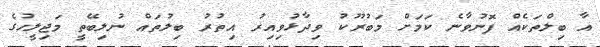
އާ ބިލްތަކެއް ފޮނުވާނެ ކަމަށް މަބުރޫކު ވިދާޅުވިއިރު އިތުރު ބިލުތައް ނުލިބޭތީ މަޖިލީހުގެ